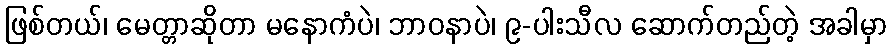
ဖြစ်တယ်၊ မေတ္တာဆိုတာ မနောကံပဲ၊ ဘာဝနာပဲ၊ ၉-ပါးသီလ ဆောက်တည်တဲ့ အခါမှာ